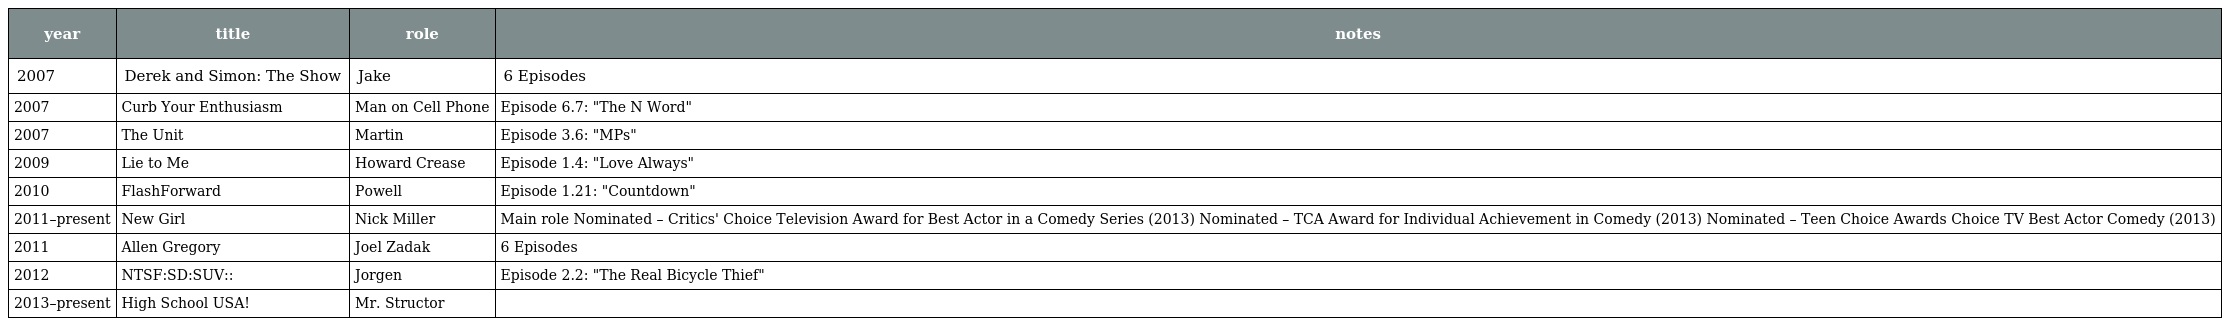
| year | title | role | notes |
 | --- | --- | --- | --- |
 | 2007 | Derek and Simon: The Show | Jake | 6 Episodes |
 | 2007 | Curb Your Enthusiasm | Man on Cell Phone | Episode 6.7: "The N Word" |
 | 2007 | The Unit | Martin | Episode 3.6: "MPs" |
 | 2009 | Lie to Me | Howard Crease | Episode 1.4: "Love Always" |
 | 2010 | FlashForward | Powell | Episode 1.21: "Countdown" |
 | 2011–present | New Girl | Nick Miller | Main role Nominated – Critics' Choice Television Award for Best Actor in a Comedy Series (2013) Nominated – TCA Award for Individual Achievement in Comedy (2013) Nominated – Teen Choice Awards Choice TV Best Actor Comedy (2013) |
 | 2011 | Allen Gregory | Joel Zadak | 6 Episodes |
 | 2012 | NTSF:SD:SUV:: | Jorgen | Episode 2.2: "The Real Bicycle Thief" |
 | 2013–present | High School USA! | Mr. Structor |  |